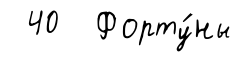
40 Форту́ны